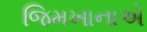
જિમખાનાએ